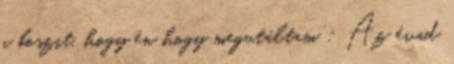
a boszit, hogy én hogy megutáltam : Az évad